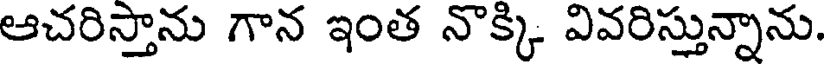
ఆచరిస్తాను గాన ఇంత నొక్కి వివరిస్తున్నాను.